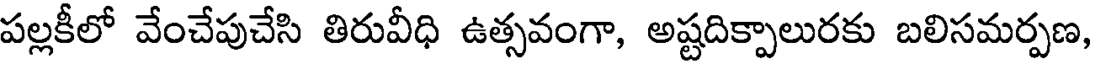
పల్లకీలో వేంచేపుచేసి తిరువీధి ఉత్సవంగా, అష్టదిక్పాలురకు బలిసమర్పణ